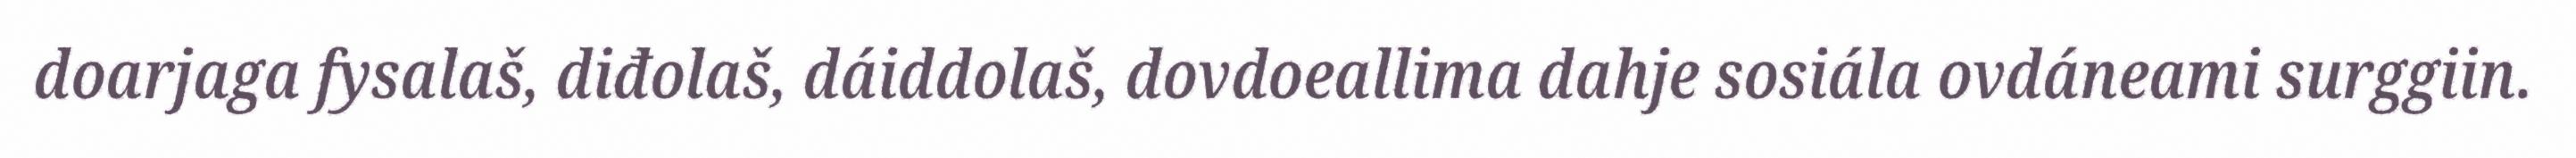
doarjaga fysalaš, diđolaš, dáiddolaš, dovdoeallima dahje sosiála ovdáneami surggiin.